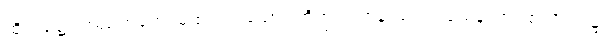
ထိုအခါ၌။ အညတရော၊ မထင်ရှားသော။ ဘိက္ခု၊ ရဟန်းသည်။ ယေန၊ အကြင်အရပ်၌။